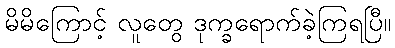
မိမိကြောင့် လူတွေ ဒုက္ခရောက်ခဲ့ကြရပြီ။